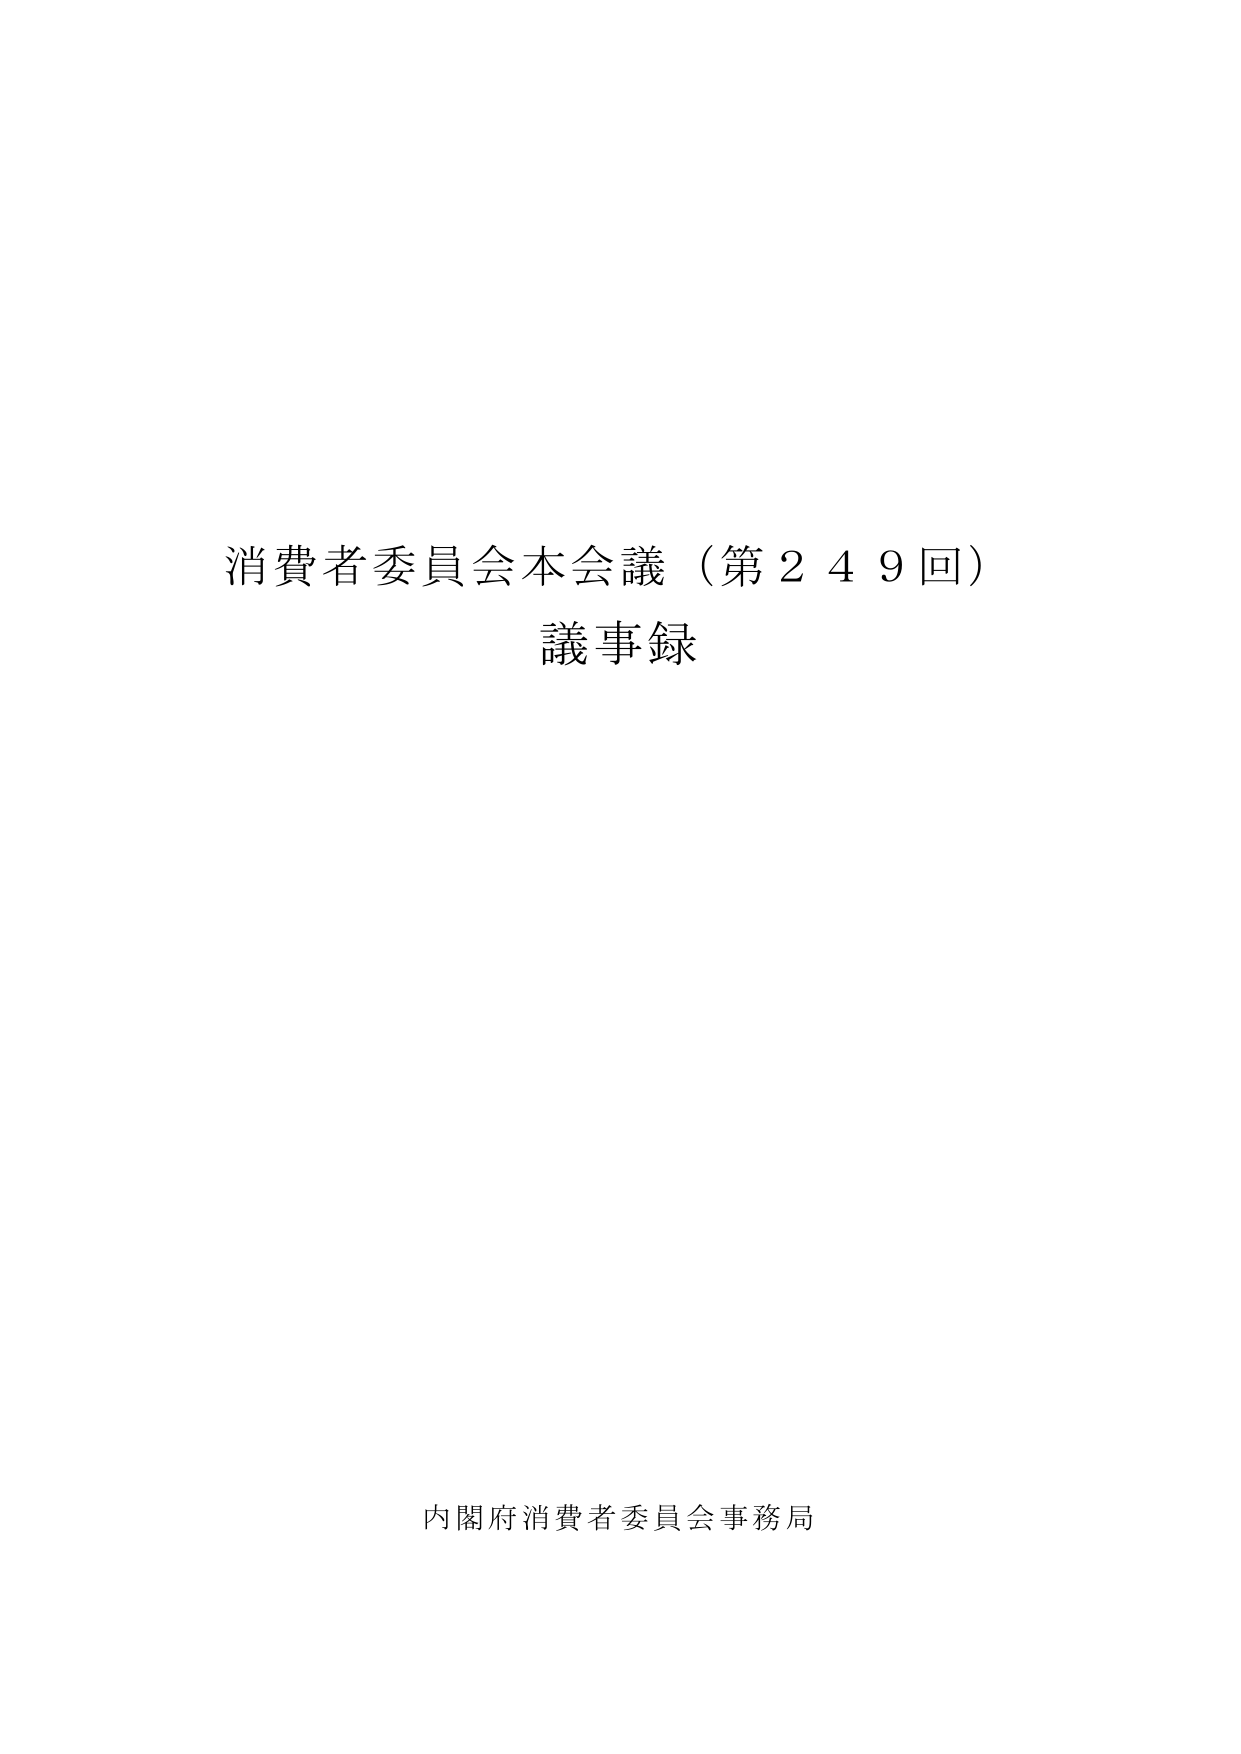
消費者委員会本会議（第２４９回）
議事録

内閣府消費者委員会事務局